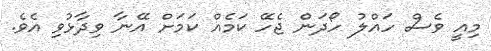
މިއީ ވެސް ހައްލު ހޯދަން ޖެހޭ ކަމެއް ކަމަށް އޭނާ ވިދާޅުވި އެވެ.